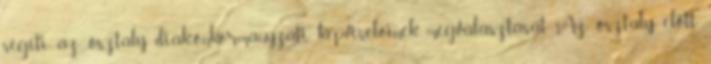
segíti az osztály diák-önkormányzati képviselőinek megválasztását. Az osztály előtt